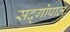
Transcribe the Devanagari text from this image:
सद्‍गोपाल